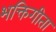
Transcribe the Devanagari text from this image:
भक्तिगीता